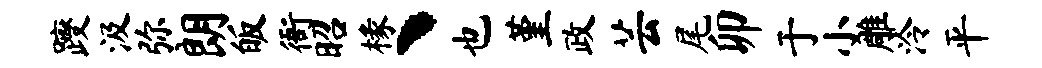
躞汲弥朗皈衙昭椽丶也堇政芸尾卯于小雕泠平